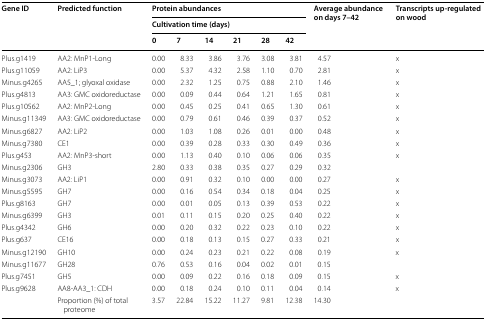
<table><thead><tr><td rowspan="3"><b>Gene ID</b></td><td rowspan="3"><b>Predicted function</b></td><td colspan="6"><b>Protein abundances</b></td><td rowspan="3"><b>Average abundance on days 7–42</b></td><td rowspan="3"><b>Transcripts up-regulated on wood</b></td></tr><tr><td colspan="6"><b>Cultivation time (days)</b></td></tr><tr><td><b>0</b></td><td><b>7</b></td><td><b>14</b></td><td><b>21</b></td><td><b>28</b></td><td><b>42</b></td></tr></thead><tbody><tr><td>Plus.g1419</td><td>AA2: MnP1-Long</td><td>0.00</td><td>8.33</td><td>3.86</td><td>3.76</td><td>3.08</td><td>3.81</td><td>4.57</td><td>x</td></tr><tr><td>Plus.g11059</td><td>AA2: LiP3</td><td>0.00</td><td>5.37</td><td>4.32</td><td>2.58</td><td>1.10</td><td>0.70</td><td>2.81</td><td>x</td></tr><tr><td>Minus.g4265</td><td>AA5_1; glyoxal oxidase</td><td>0.00</td><td>2.32</td><td>1.25</td><td>0.75</td><td>0.88</td><td>2.10</td><td>1.46</td><td>x</td></tr><tr><td>Plus.g4813</td><td>AA3: GMC oxidoreductase</td><td>0.00</td><td>0.09</td><td>0.44</td><td>0.64</td><td>1.21</td><td>1.65</td><td>0.81</td><td>x</td></tr><tr><td>Plus.g10562</td><td>AA2: MnP2-Long</td><td>0.00</td><td>0.45</td><td>0.25</td><td>0.41</td><td>0.65</td><td>1.30</td><td>0.61</td><td>x</td></tr><tr><td>Minus.g11349</td><td>AA3: GMC oxidoreductase</td><td>0.00</td><td>0.79</td><td>0.61</td><td>0.46</td><td>0.39</td><td>0.37</td><td>0.52</td><td>x</td></tr><tr><td>Minus.g6827</td><td>AA2: LiP2</td><td>0.00</td><td>1.03</td><td>1.08</td><td>0.26</td><td>0.01</td><td>0.00</td><td>0.48</td><td>x</td></tr><tr><td>Minus.g7380</td><td>CE1</td><td>0.00</td><td>0.39</td><td>0.28</td><td>0.33</td><td>0.30</td><td>0.49</td><td>0.36</td><td>x</td></tr><tr><td>Plus.g453</td><td>AA2: MnP3-short</td><td>0.00</td><td>1.13</td><td>0.40</td><td>0.10</td><td>0.06</td><td>0.06</td><td>0.35</td><td>x</td></tr><tr><td>Minus.g2306</td><td>GH3</td><td>2.80</td><td>0.33</td><td>0.38</td><td>0.35</td><td>0.27</td><td>0.29</td><td>0.32</td><td></td></tr><tr><td>Minus.g3073</td><td>AA2: LiP1</td><td>0.00</td><td>0.91</td><td>0.32</td><td>0.10</td><td>0.00</td><td>0.00</td><td>0.27</td><td>x</td></tr><tr><td>Minus.g5595</td><td>GH7</td><td>0.00</td><td>0.16</td><td>0.54</td><td>0.34</td><td>0.18</td><td>0.04</td><td>0.25</td><td>x</td></tr><tr><td>Plus.g8163</td><td>GH7</td><td>0.00</td><td>0.01</td><td>0.05</td><td>0.13</td><td>0.39</td><td>0.53</td><td>0.22</td><td>x</td></tr><tr><td>Minus.g6399</td><td>GH3</td><td>0.01</td><td>0.11</td><td>0.15</td><td>0.20</td><td>0.25</td><td>0.40</td><td>0.22</td><td>x</td></tr><tr><td>Plus.g4342</td><td>GH6</td><td>0.00</td><td>0.20</td><td>0.32</td><td>0.22</td><td>0.23</td><td>0.10</td><td>0.22</td><td>x</td></tr><tr><td>Plus.g637</td><td>CE16</td><td>0.00</td><td>0.18</td><td>0.13</td><td>0.15</td><td>0.27</td><td>0.33</td><td>0.21</td><td>x</td></tr><tr><td>Minus.g12190</td><td>GH10</td><td>0.00</td><td>0.24</td><td>0.23</td><td>0.21</td><td>0.22</td><td>0.08</td><td>0.19</td><td>x</td></tr><tr><td>Minus.g11677</td><td>GH28</td><td>0.76</td><td>0.53</td><td>0.16</td><td>0.04</td><td>0.02</td><td>0.01</td><td>0.15</td><td></td></tr><tr><td>Plus.g7451</td><td>GH5</td><td>0.00</td><td>0.09</td><td>0.22</td><td>0.16</td><td>0.18</td><td>0.09</td><td>0.15</td><td>x</td></tr><tr><td>Plus.g9628</td><td>AA8-AA3_1: CDH</td><td>0.00</td><td>0.18</td><td>0.24</td><td>0.10</td><td>0.11</td><td>0.04</td><td>0.14</td><td>x</td></tr><tr><td></td><td>Proportion (%) of total proteome</td><td>3.57</td><td>22.84</td><td>15.22</td><td>11.27</td><td>9.81</td><td>12.38</td><td>14.30</td><td></td></tr></tbody></table>